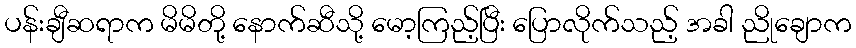
ပန်းချီဆရာက မိမိတို့ နောက်ဆီသို့ မော့ကြည့်ပြီး ပြောလိုက်သည့် အခါ ညိုချောက